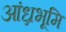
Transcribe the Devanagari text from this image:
आंध्रभूमि